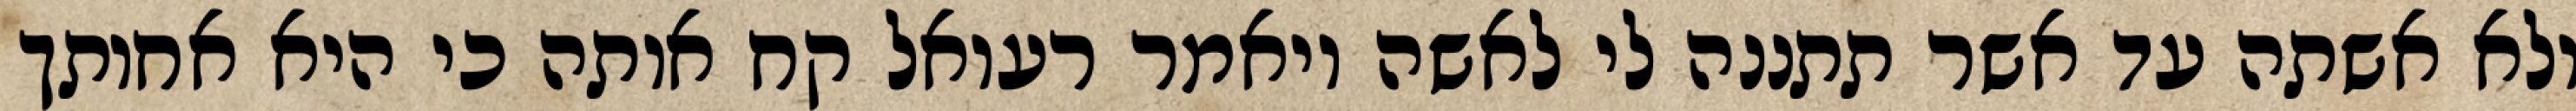
ולא אשתה עד אשר תתננה לי לאשה ויאמר רעואל קח אותה כי היא אחותך